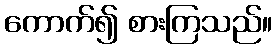
ကောက်၍ စားကြသည်။